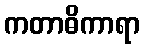
ကတာဓိကာရာ